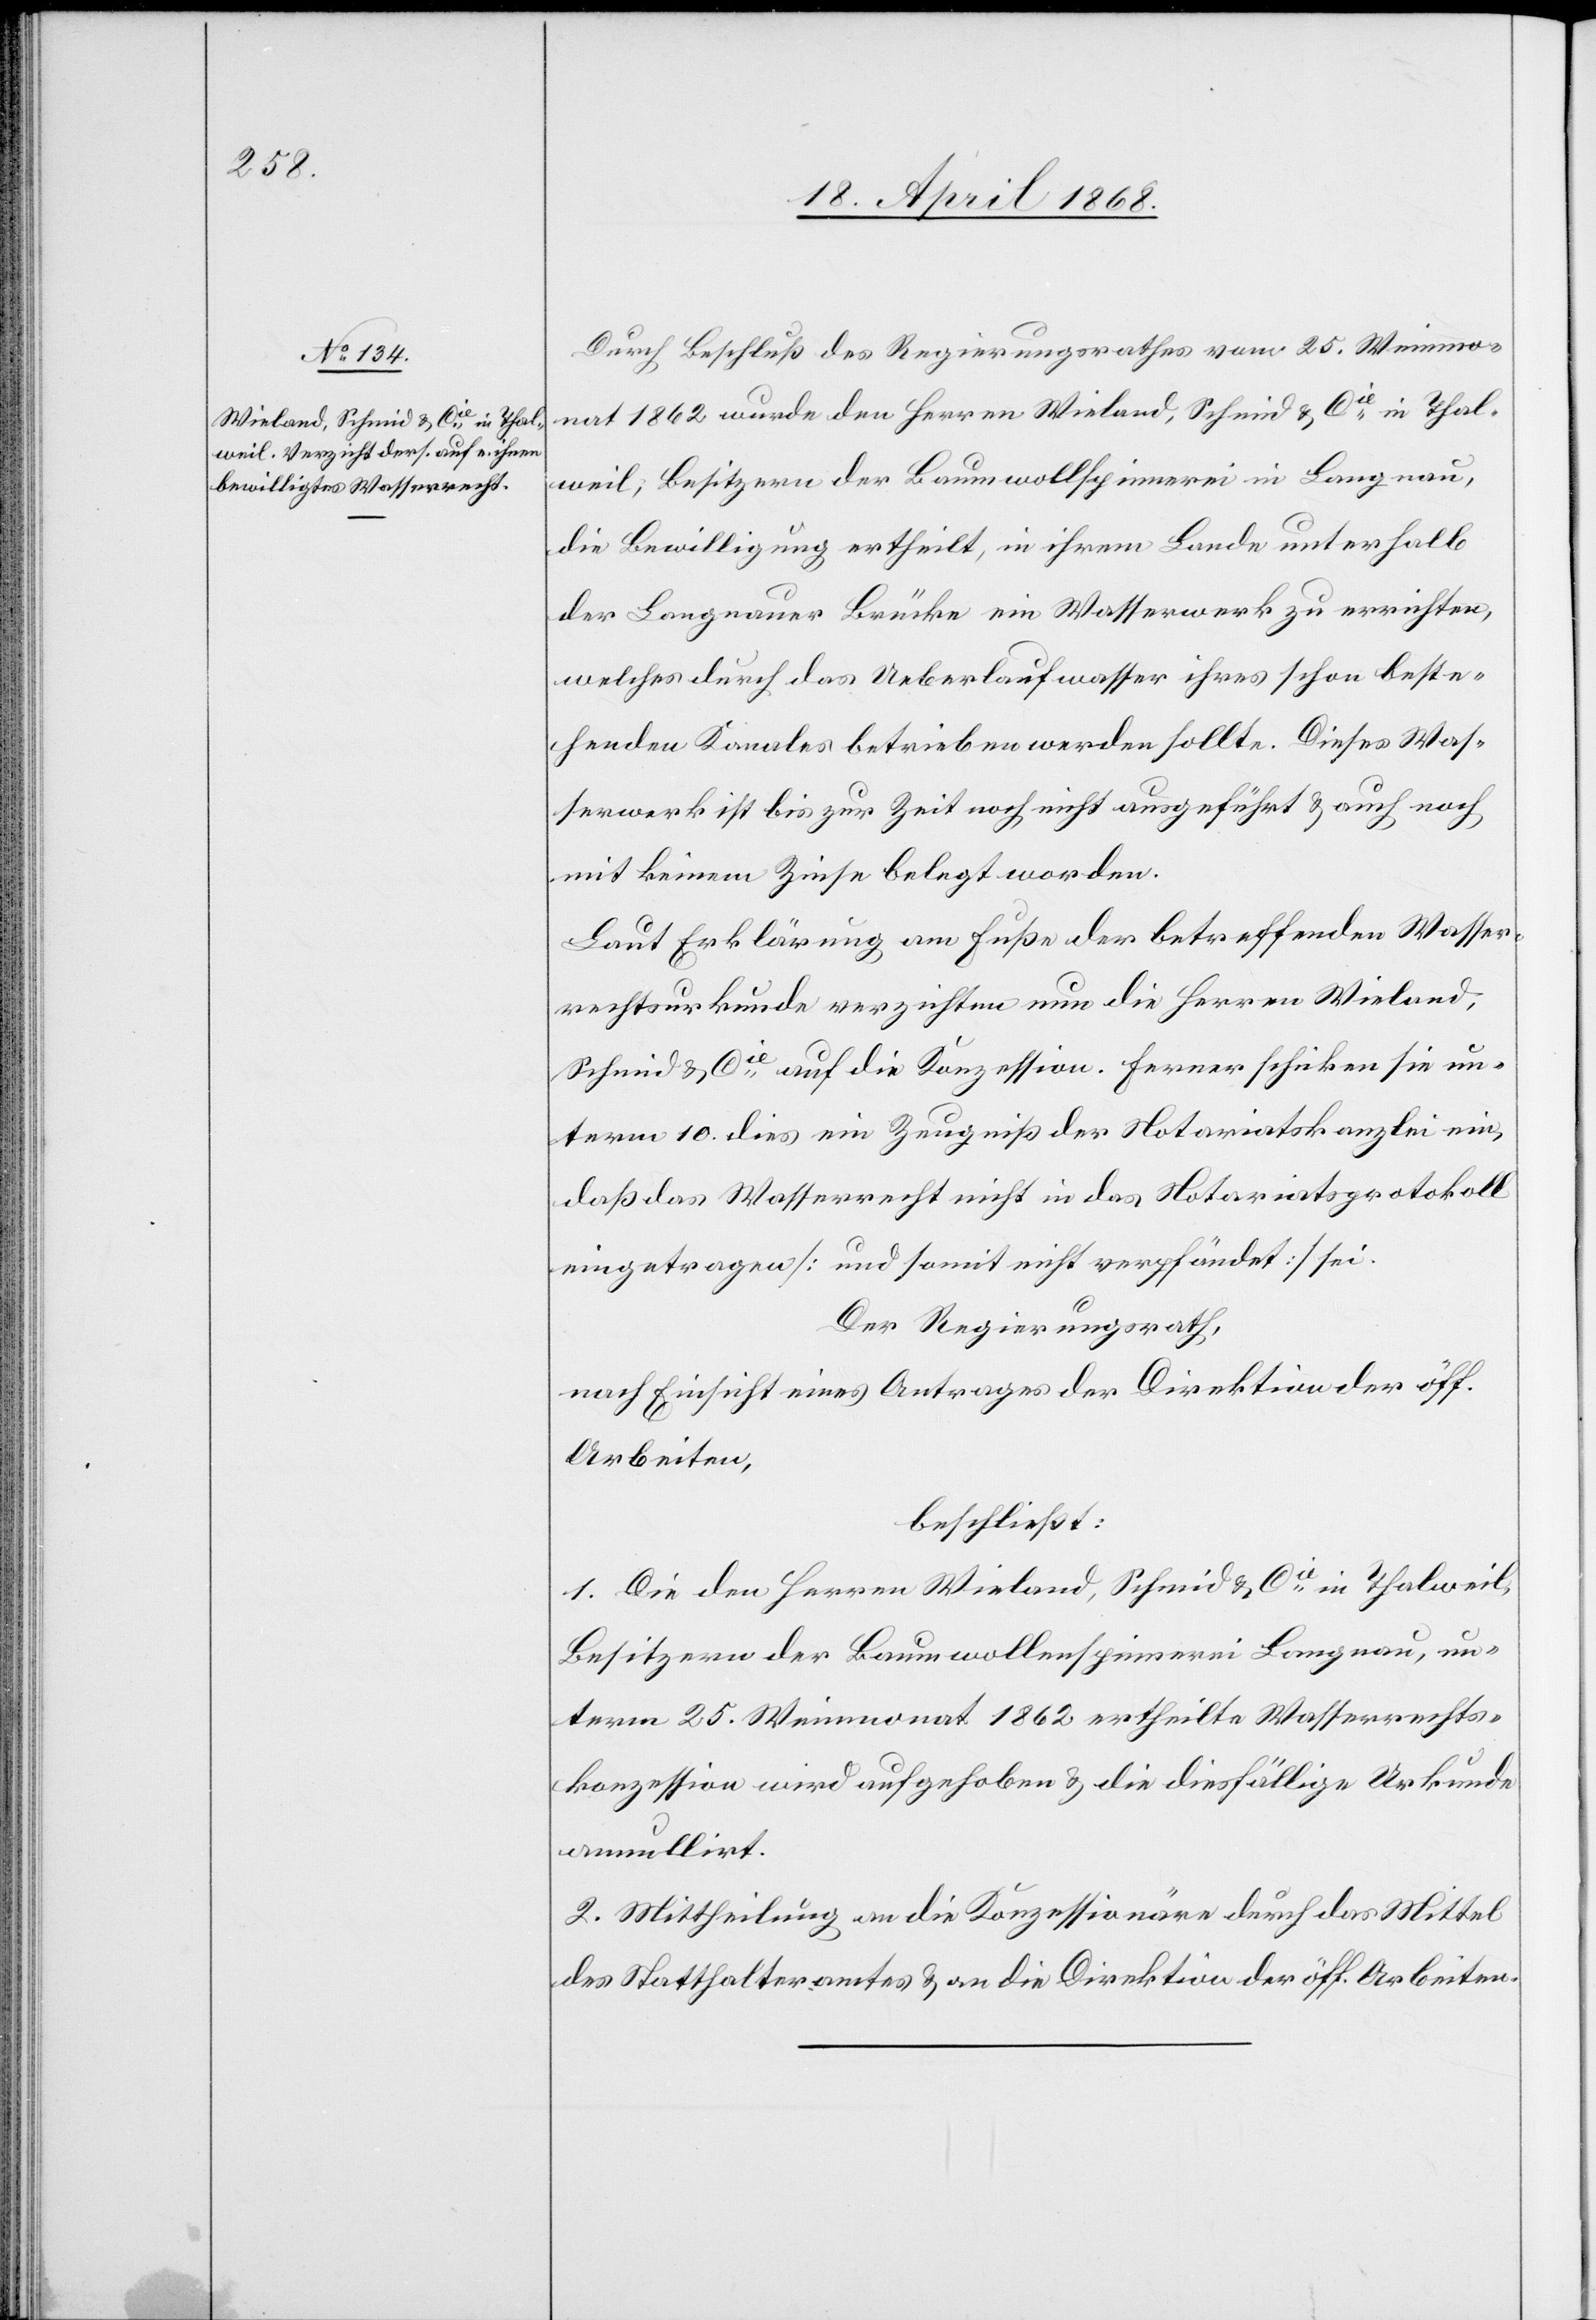
Durch Beschluß des Regierungsrathes vom 25. Weinmo¬
nat 1862 wurde den Herren Wieland, Schmid & Cie. in Thal¬
weil, Besitzern der Baumwollspinnerei in Langnau,
die Bewilligung ertheilt, in ihrem Lande unterhalb
der Langnauer Brücke ein Wasserwerk zu errichten,
welches durch das Ueberlaufwasser ihres schon beste¬
henden Kanales betrieben werden sollte. Dieses Was¬
serwerk ist bis zur Zeit noch nicht ausgeführt & auch noch
mit keinem Zinse belegt worden.
Laut Erklärung am Fuße der betreffenden Wasser¬
rechtsurkunde verzichten nun die Herren Wieland,
Schmid & Cie. auf die Konzession. Ferner schicken sie un¬
term 10. dies ein Zeugniß der Notariatskanzlei ein,
daß das Wasserrecht nicht in das Notariatsprotokoll
eingetragen [und somit nicht verpfändet] sei.
Der Regierungsrath,
nach Einsicht eines Antrages der Direktion der öff.
Arbeiten,
beschließt:
1. Die den Herren Wieland, Schmid & Cie. in Thalweil,
Besitzern der Baumwollenspinnerei Langnau, un¬
term 25. Weinmonat 1862 ertheilte Wasserrechts¬
konzession wird aufgehoben & die diesfällige Urkunde
annullirt.
2. Mittheilung an die Konzessionäre durch das Mittel
des Statthalteramtes & an die Direktion der öff. Arbeiten.